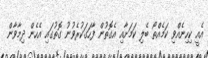
އެއީ ކިހިނެއްވި ކަމެއްތޯ ބެލި ކަމަށާއި އެގޮތުން ފާހަގަކުރެވުނު ގޮތުގައި އެހެން ދިމާވާން